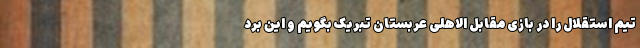
تیم استقلال را در بازی مقابل الاهلی عربستان تبریک بگویم و این برد